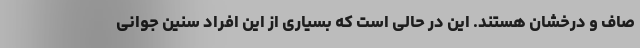
صاف و درخشان هستند. این در حالی است که بسیاری از این افراد سنین جوانی